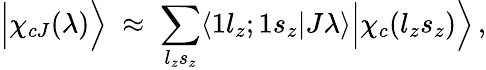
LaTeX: \Big|\chi_{cJ}(\lambda)\Big\rangle\; \approx\; \sum_{l_{z}s_{z}}\langle 1l_{z};1s_{z}|J\lambda\rangle\Big|\chi_{c}(l_{z}s_{z})\Big\rangle\, ,